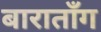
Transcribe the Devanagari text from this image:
बाराताँग